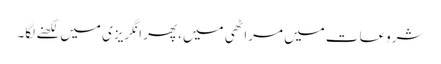
شروعات میں مراٹھی میں، پھر انگریزی میں لکھنے لگا۔